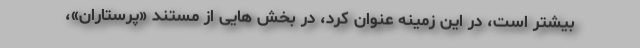
بیشتر است، در این زمینه عنوان کرد، در بخش هایی از مستند «پرستاران»،